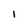
Character: l